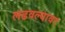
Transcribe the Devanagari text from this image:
लढवल्यावर